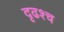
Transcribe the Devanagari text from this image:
दृढश्च